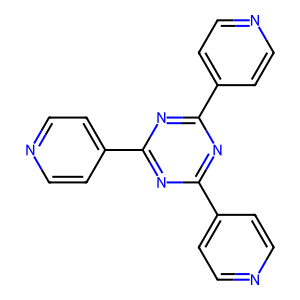
SMILES: c1cc(-c2nc(-c3ccncc3)nc(-c3ccncc3)n2)ccn1
Inhibits HIV replication: No